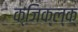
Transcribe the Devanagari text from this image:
क्जिक्ल्क्